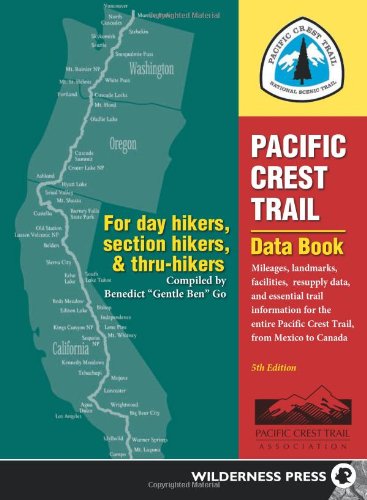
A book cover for Pacific Crest Trail Data Book: Mileages, Landmarks, Facilities, Resupply Data, and Essential Trail Information for the Entire Pacific Crest Trail, from Mexico to Canada; Benedict Go; Sports & Outdoors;